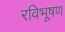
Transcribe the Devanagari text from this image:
रविभूषण